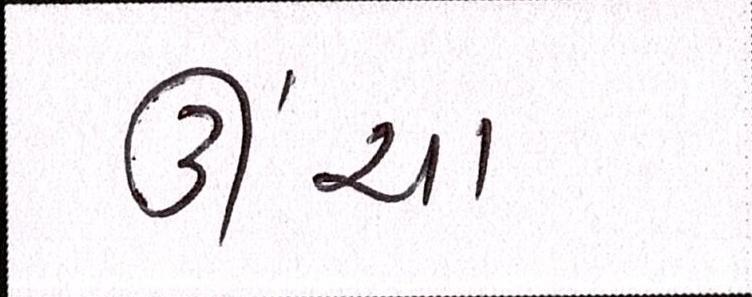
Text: ઊંચા